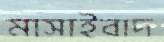
মাসাইবাদ